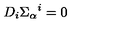
D _ { i } \Sigma _ { \alpha } { } ^ { i } = 0 \,